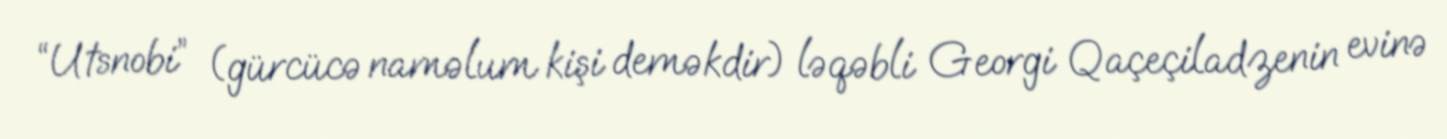
“Utsnobi” (gürcücə naməlum kişi deməkdir) ləqəbli Georgi Qaçeçiladzenin evinə